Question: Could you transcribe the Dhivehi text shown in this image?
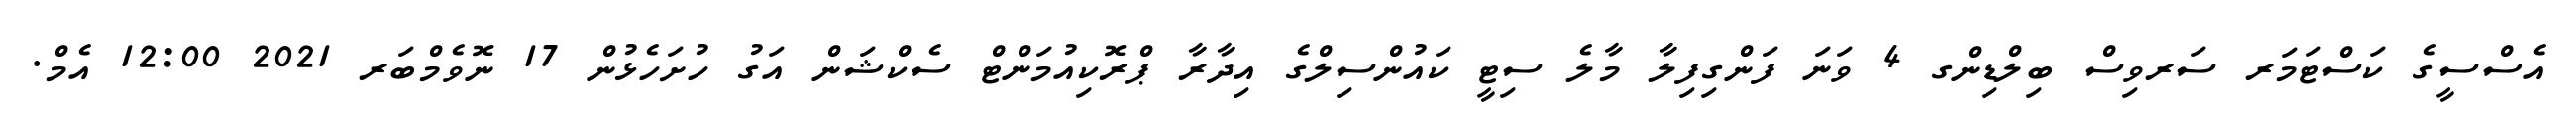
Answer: އެސްސީގެ ކަސްޓަމަރ ސަރވިސް ބިލްޑިންގ 4 ވަނަ ފަންގިފިލާ މާލެ ސިޓީ ކައުންސިލްގެ އިދާރާ ޕްރޮކިއުމަންޓް ސެކްޝަން އަގު ހުށަހެޅުން 17 ނޮވެމްބަރ 2021 12:00 އެމް.